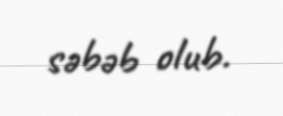
səbəb olub.